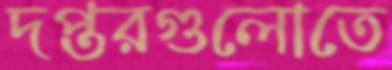
দপ্তরগুলোতে